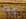
رضيعة